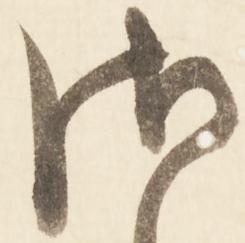
御